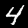
Label: 4